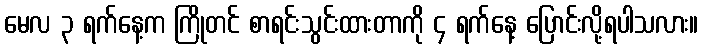
မေလ ၃ ရက်နေ့က ကြိုတင် စာရင်းသွင်းထားတာကို ၄ ရက်နေ့ ပြောင်းလို့ရပါသလား။